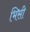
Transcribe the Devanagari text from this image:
भिसी